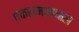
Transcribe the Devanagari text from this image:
एकसमानचाल